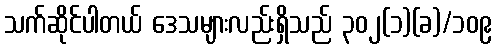
သက်ဆိုင်ပါတယ် ဒေသများလည်းရှိသည် ၃၀၂(၁)(ခ)/၁၀၉